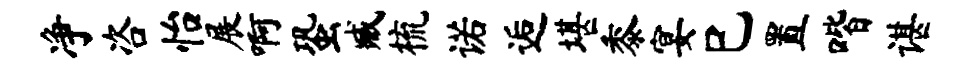
净咨怡展啊蛩臧梳诺逅堪黍宴巳置喈谌